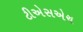
ટીએસએચ